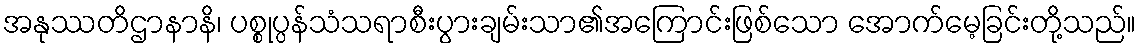
အနုဿတိဌာနာနိ၊ ပစ္စုပ္ပန်သံသရာစီးပွားချမ်းသာ၏အကြောင်းဖြစ်သော အောက်မေ့ခြင်းတို့သည်။